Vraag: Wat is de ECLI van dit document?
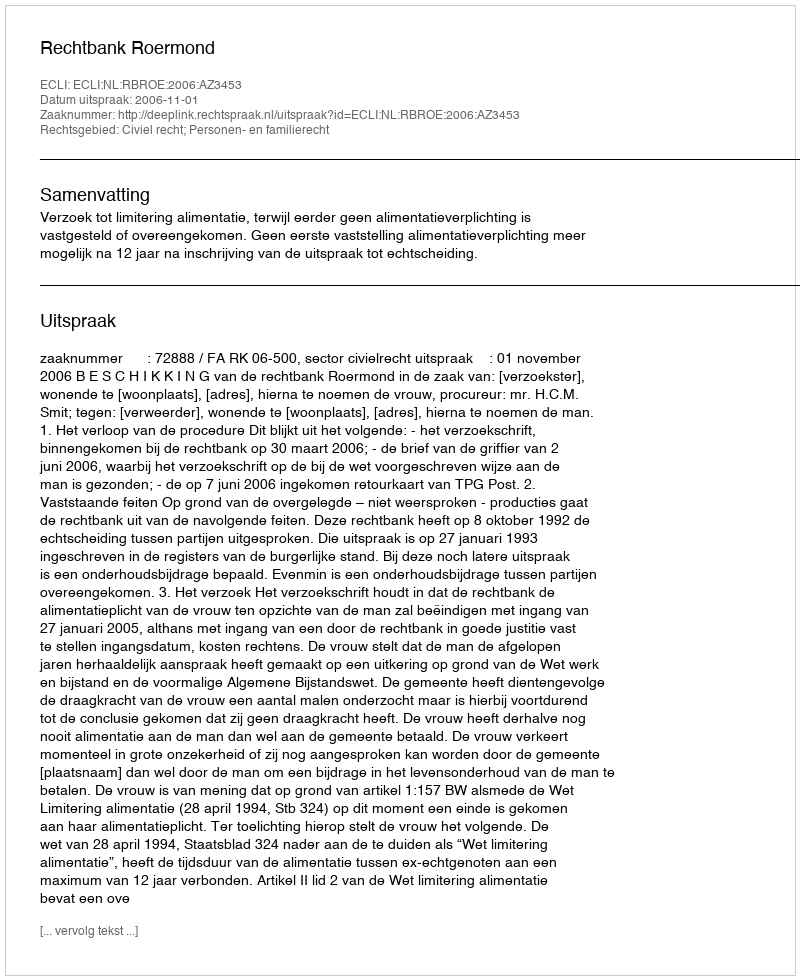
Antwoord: ECLI:NL:RBROE:2006:AZ3453